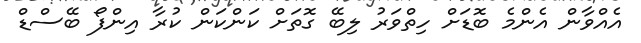
އެއްވާން އެންމެ ބޮޑަށް ހިތްވަރު ލިބޭ ގޮތަށް ކަންކަން ކުރާ އިންފޯ ބޭސްޑް